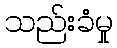
သည်းခံမှု